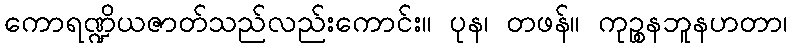
ကောရဏ္ဍိယဇာတ်သည်လည်းကောင်း။ ပုန၊ တဖန်။ ကုဉ္စနဘူနဟတာ၊